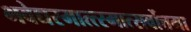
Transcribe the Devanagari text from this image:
भवेद्यस्मात्त्स्मात्सर्वोत्तमा